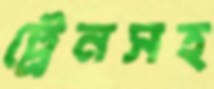
ট্রেনসহ